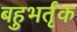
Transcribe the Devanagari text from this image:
बहुभर्तृक